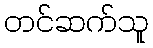
တင်ဆက်သူ